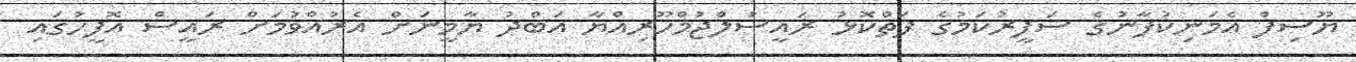
ޔޫސިފް އެމަނިކުފާނުގެ ސަފީރުކަމުގެ ފަތްކޮޅު ރައީސުލްޖުމްހޫރިއްޔާ އަބްދު ޔާމީނަށް އެރުއްވުމަށް ރައީސް އޮފީހުގައި